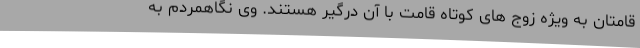
قامتان به ویژه زوج های کوتاه قامت با آن درگیر هستند. وی نگاهمردم به